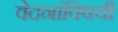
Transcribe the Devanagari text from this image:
वेदनांविषयी